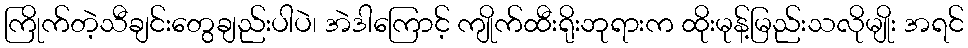
ကြိုက်တဲ့သီချင်းတွေချည်းပါပဲ၊ အဲဒါကြောင့် ကျိုက်ထီးရိုးဘုရားက ထိုးမုန့်မြည်းသလိုမျိုး အရင်